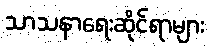
သာသနာရေးဆိုင်ရာများ